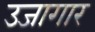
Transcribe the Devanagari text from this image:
उजागार